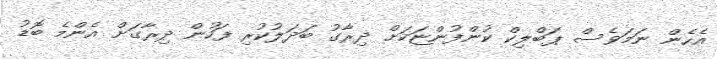
އެހެން ނަމަވެސް ޕަބްލިކް ކުންފުންޏަކަށް ދިރާގު ބަދަލުކުރި ފަހުން ދިރާގަށް އެންމެ ބޮޑު